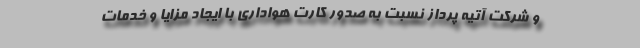
و شرکت آتیه پرداز نسبت به صدور کارت هواداری با ایجاد مزایا و خدمات